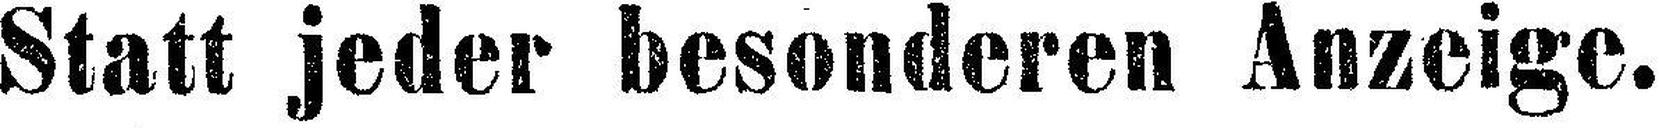
Statt jeder besonderen Anzeige.